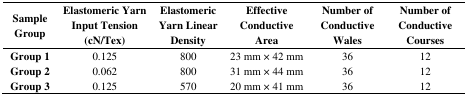
| Sample Group | Elastomeric Yarn Input Tension (cN/Tex) | Elastomeric Yarn Linear Density | Effective Conductive Area | Number of Conductive Wales | Number of Conductive Courses |
 | --- | --- | --- | --- | --- | --- |
 | Group 1 | 0.125 | 800 | 23 mm×42 mm | 36 | 12 |
 | Group 2 | 0.062 | 800 | 31 mm×44 mm | 36 | 12 |
 | Group 3 | 0.125 | 570 | 20 mm×41 mm | 36 | 12 |